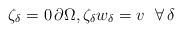
LaTeX: \begin{align*}\zeta_\delta = 0 \, \partial \Omega, \zeta_\delta w_\delta = v \ \ \forall \, \delta\end{align*}